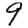
Digit: 9